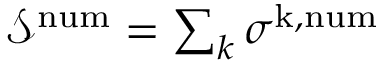
\begin{array} { r } { \mathcal { S } ^ { \mathrm { n u m } } = \sum _ { k } \sigma ^ { \mathrm { k , n u m } } } \end{array}